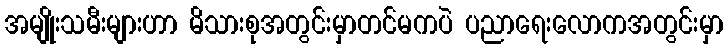
အမျိုးသမီးများဟာ မိသားစုအတွင်းမှာတင်မကပဲ ပညာရေးလောကအတွင်းမှာ